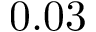
0 . 0 3